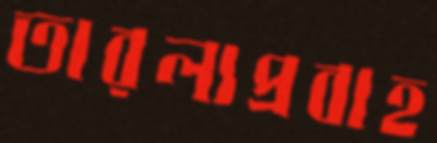
তারল্যপ্রবাহ